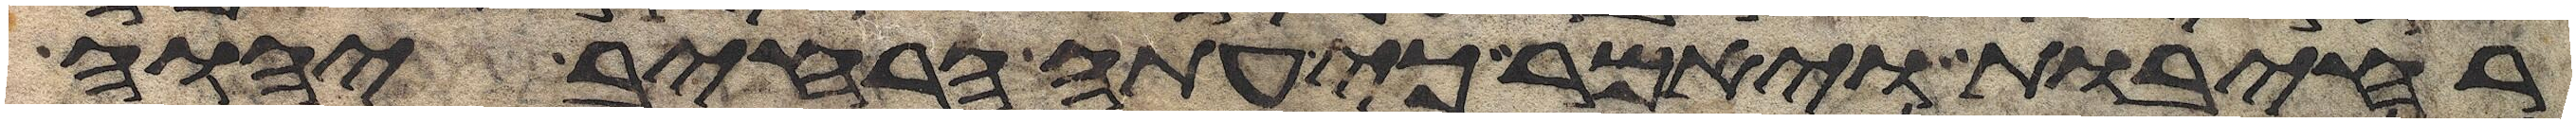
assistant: רחבות ויאמר כי עתה הרחיב יהוה